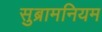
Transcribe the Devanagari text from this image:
सुब्रामनियम